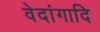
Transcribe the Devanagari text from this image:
वेदांगादि